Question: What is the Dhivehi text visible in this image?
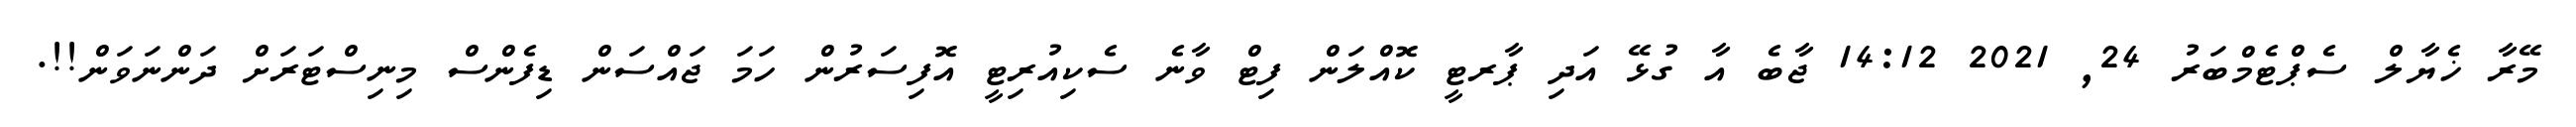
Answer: މޭރާ ޚެޔާލް ސެޕްޓެމްބަރު 24, 2021 14:12 ޖާބެ އާ ގުޅޭ އަދި ޕާރޓީ ކޮއްލަން ފިޓް ވާނެ ސެކިއުރިޓީ އޮފިސަރުން ހަމަ ޖައްސަން ޑިފެންސް މިނިސްޓަރަށް ދަންނަވަން!!.